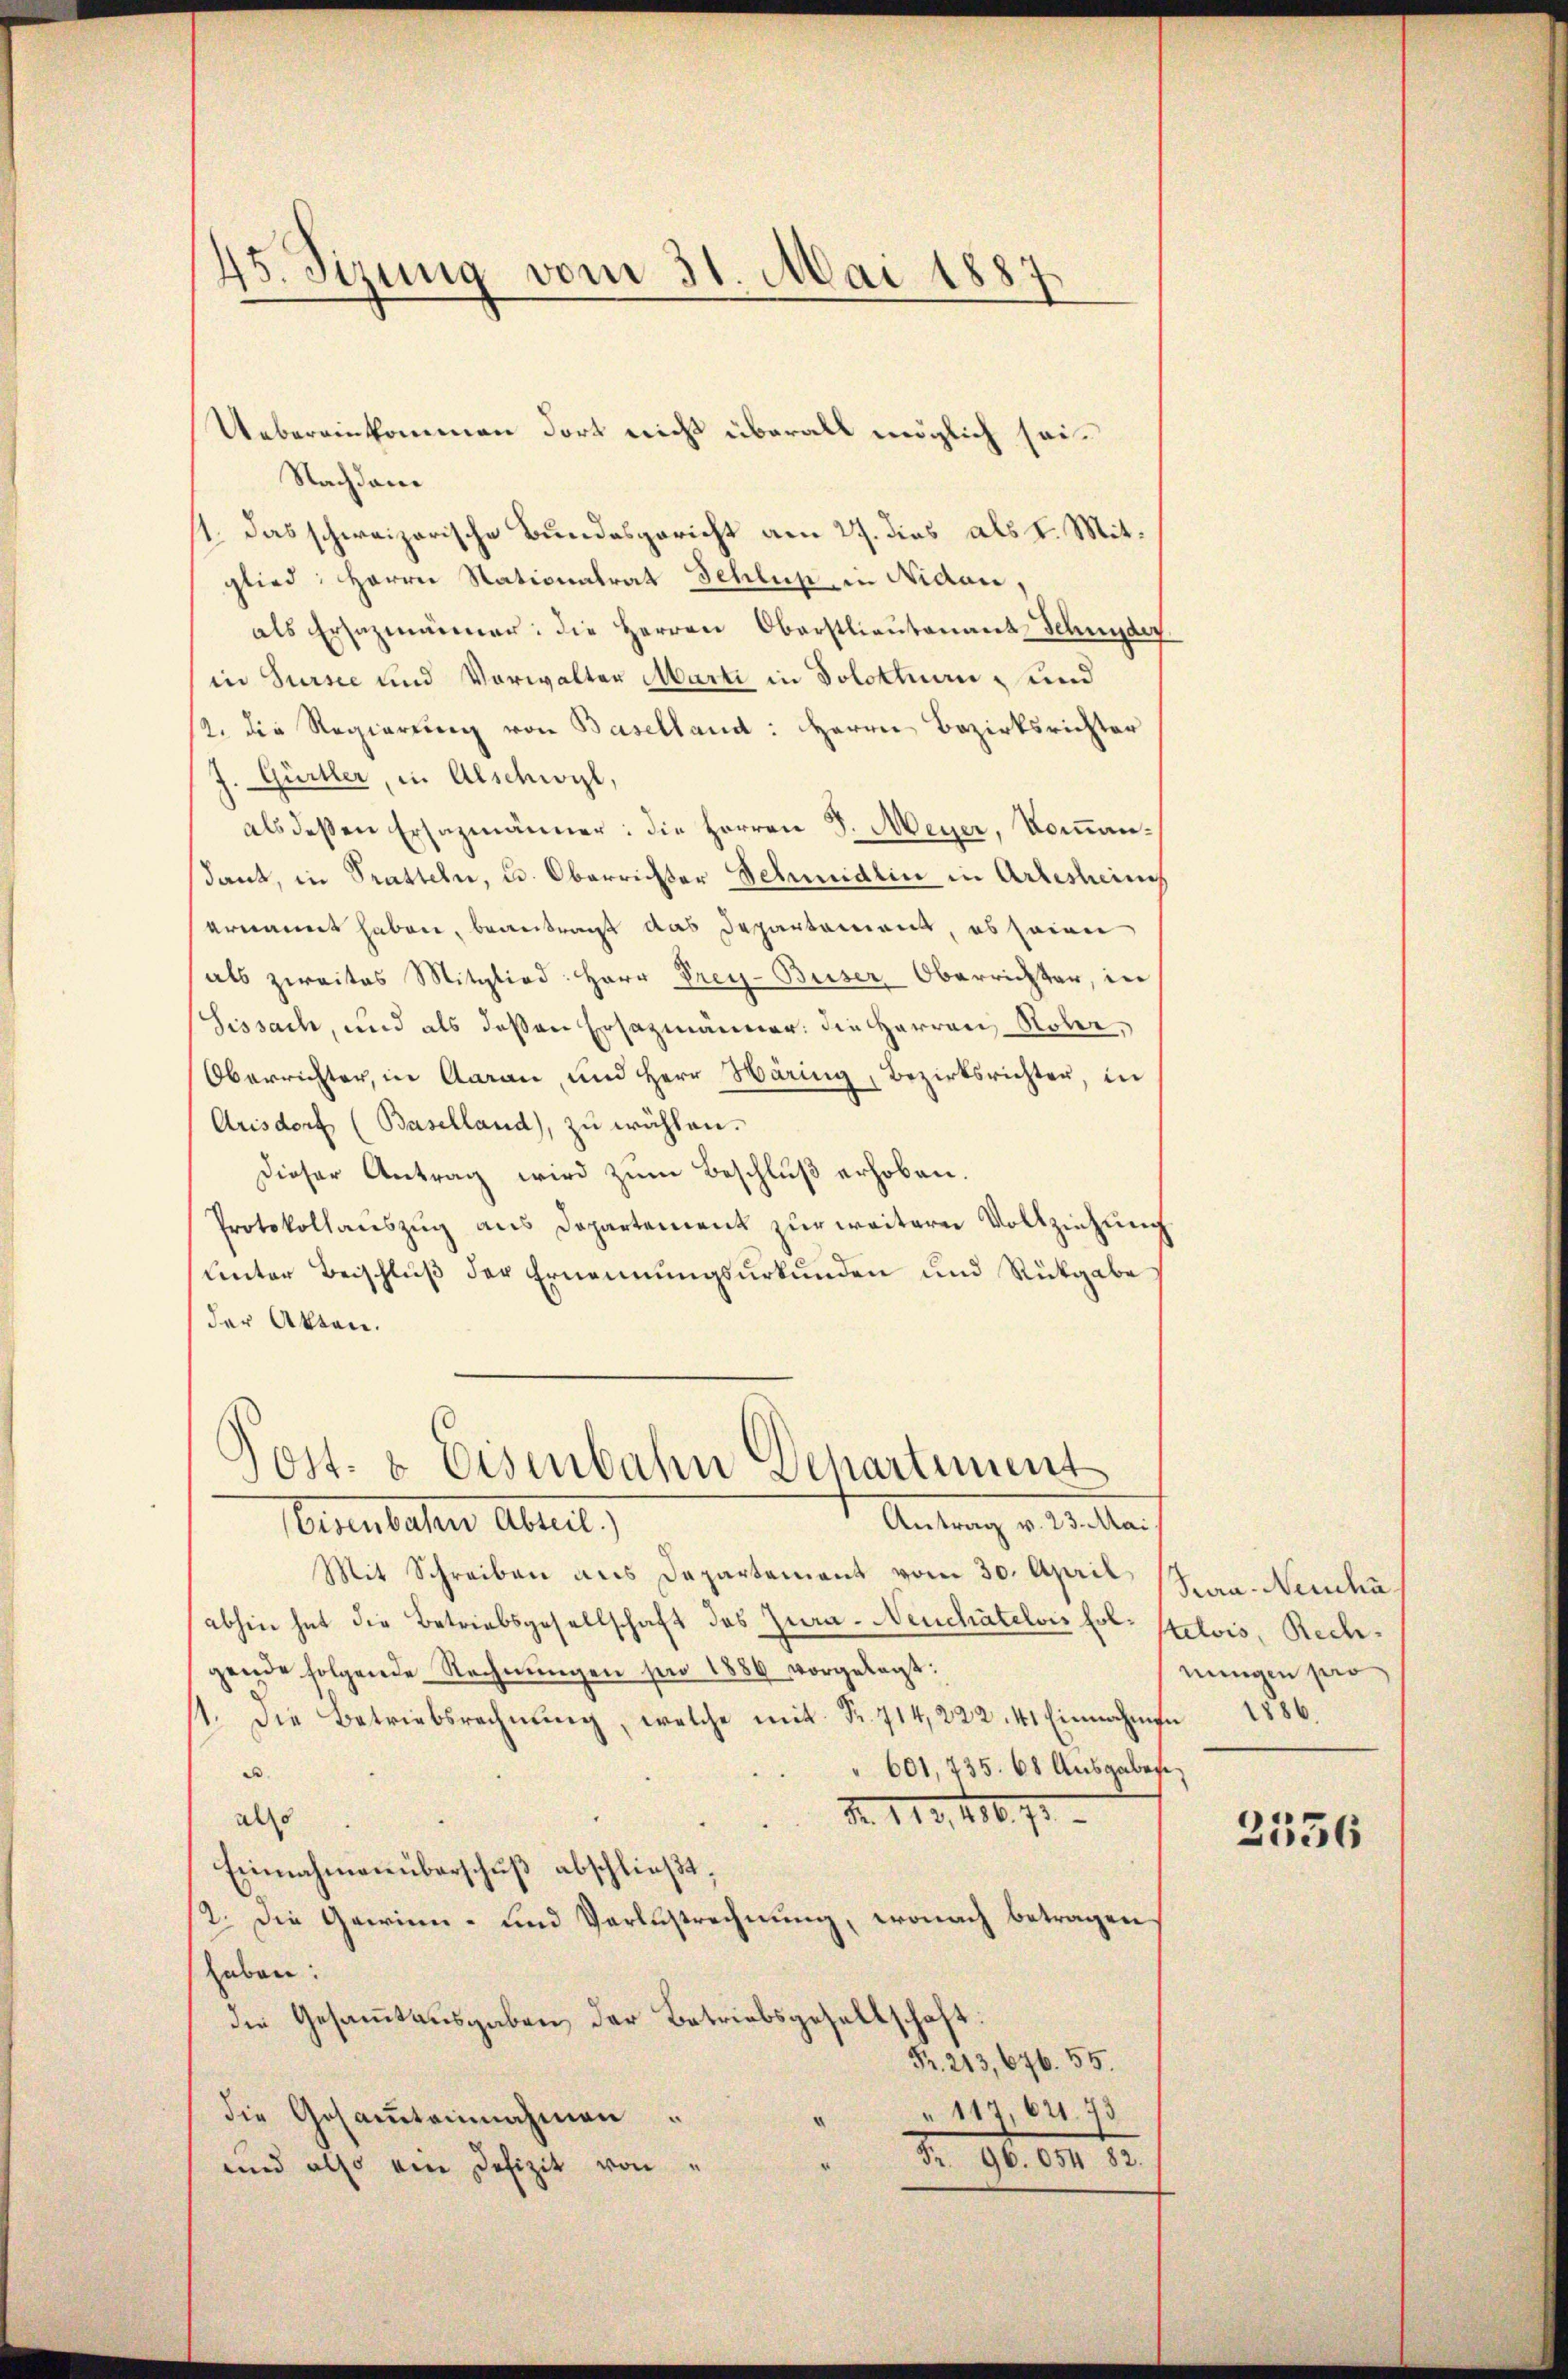
45. Sizung vom 31. Mai 1887

Nachdem
1. Das schweizerische Bundesgericht am 27. dies als I. Mitglied: Herrn Stationalrat Schluß, in Nidau,
als Ersatzmänner: die Herren Oberstlieutenant Schnyder
in Sursee und Vorwalter Marti in Solothurn, und
2. die Regierung von Baselland: Herrn Bezirksrichter
f. Gürtler, in Alschwyl,
als deßen Ersazmänner: die Herren J. Meyer, Kommandank, in Statteln, u. Oberrichter Schmidlin in Artesteines
ernannt haben, beantragt das Departement, es seien
als zweites Mitglied: Herr Prey-Buser Oberrichter, in
Sissach, und als deßen Ersazmänner: die Herren Rober¬
Oberrichter, in Aarau, und Herr Wäring, Bezirksrichter, in
Arisdorf (Baselland), zu wählen.
Dieser Antrag wird zum Beschluß erhoben.
Protokollaŭszŭg ans Departement zur weitern Vollziehung
unter Beischluß der Ernennungsurkunden und Rückgabe
der Akten.

Uebereinkommen dort nicht überall möglich sei¬

Post- & Eisenbahn Departement
Antrag v. 23. Mai.
Beuteten Abreit,

Mit Schreiben aus Departament vom 30. April (Sa. Neudhä
abhin hat die Betriebsgesellschaft des Zura- Neuchâtelois fol. stelois, Rechgende folgende Rechnŭngen für 1884 vorgelegt:
1. Die Betriebsrechnung, welche mit Fr. 714,222. 41 Einnahmen 1886.
" 601, 735. 68 Ausgaben,
.
N. 119, 416. 71
alo
Einnahmen überschuß abschließt:
2. Die Gawinn- und Verlustrechnung, wonach betragen,
haben.
die Gesammtausgaben der Betriebsgesellschaft:
Pr. 213, 676. 55.
117,621. 73
die Gesamteinnahmen.
d
Fr. 96. 054 82.
und also ein Defizit von

nungen pro

2556